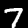
Digit: 7